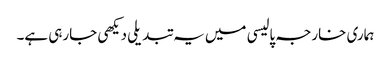
ہماری خارجہ پالیسی میں یہ تبدیلی دیکھی جارہی ہے۔